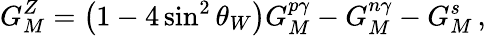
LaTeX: G_{M}^{Z}=\left(1-4\sin^{2}\theta_{W}\right)G_{M}^{p\gamma}-G_{M}^{n\gamma}-G_{M}^{s}\, ,